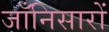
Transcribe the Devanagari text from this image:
जाँनिसारों